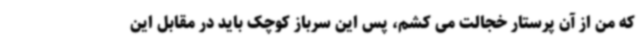
که من از آن پرستار خجالت می کشم، پس این سرباز کوچک باید در مقابل این